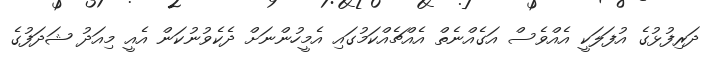
ދަރިފުޅުގެ އުފަލަކީ އެއްވެސް އަގެއްނެތް އެއްޗެއްކަމުގައި އެމީހުންނަށް ދެކެވުނުކަން އެއީ މިއަދު ޝަދަފުގެ